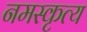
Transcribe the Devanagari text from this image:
नमस्कृत्य